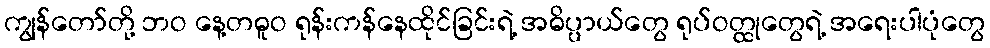
ကျွန်တော်တို့ ဘဝ နေ့တဓူဝ ရုန်းကန်နေထိုင်ခြင်းရဲ့ အဓိပ္ပာယ်တွေ ရုပ်ဝတ္ထုတွေရဲ့ အရေးပါပုံတွေ